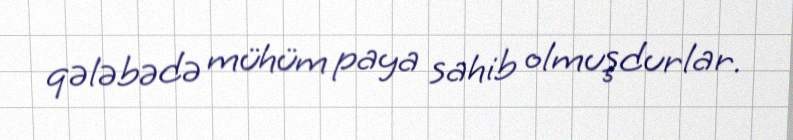
qələbədə mühüm paya sahib olmuşdurlar.